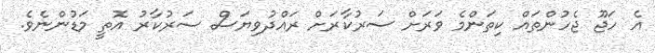
އެ ހަޖޫ ޖެހުންތައް ކިތަންމެ ވަރަށް ސަރުކާރަށް ރައްދުވިޔަސް ސަރުކާރު އޮތީ މަޑުންނެވެ.